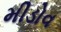
મીડોવ